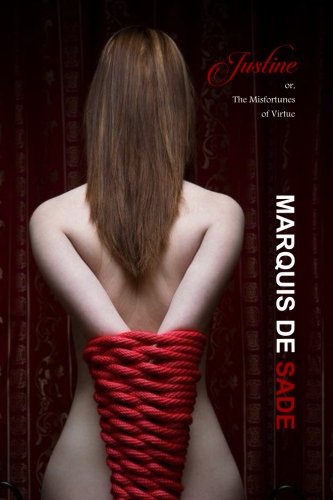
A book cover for Justine: or, The Misfortunes of Virtue (Unexpurgated Edition); Marquis De De Sade; Romance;